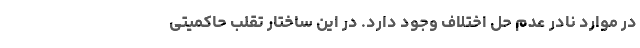
در موارد نادر عدم حل اختلاف وجود دارد. در این ساختار تقلب حاکمیتی